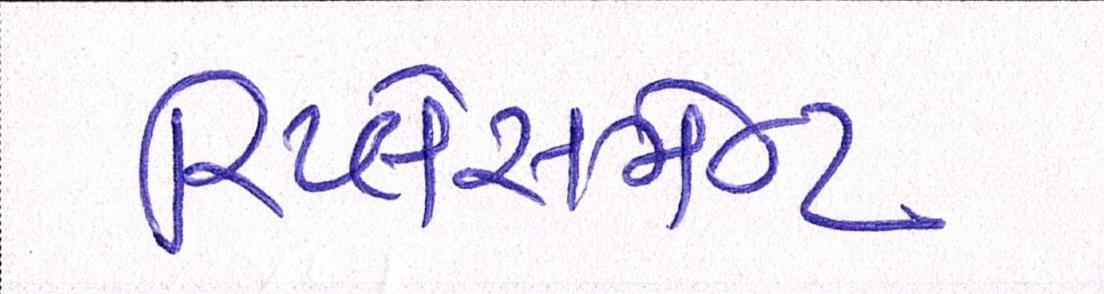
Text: રિપ્લેસમેન્ટ